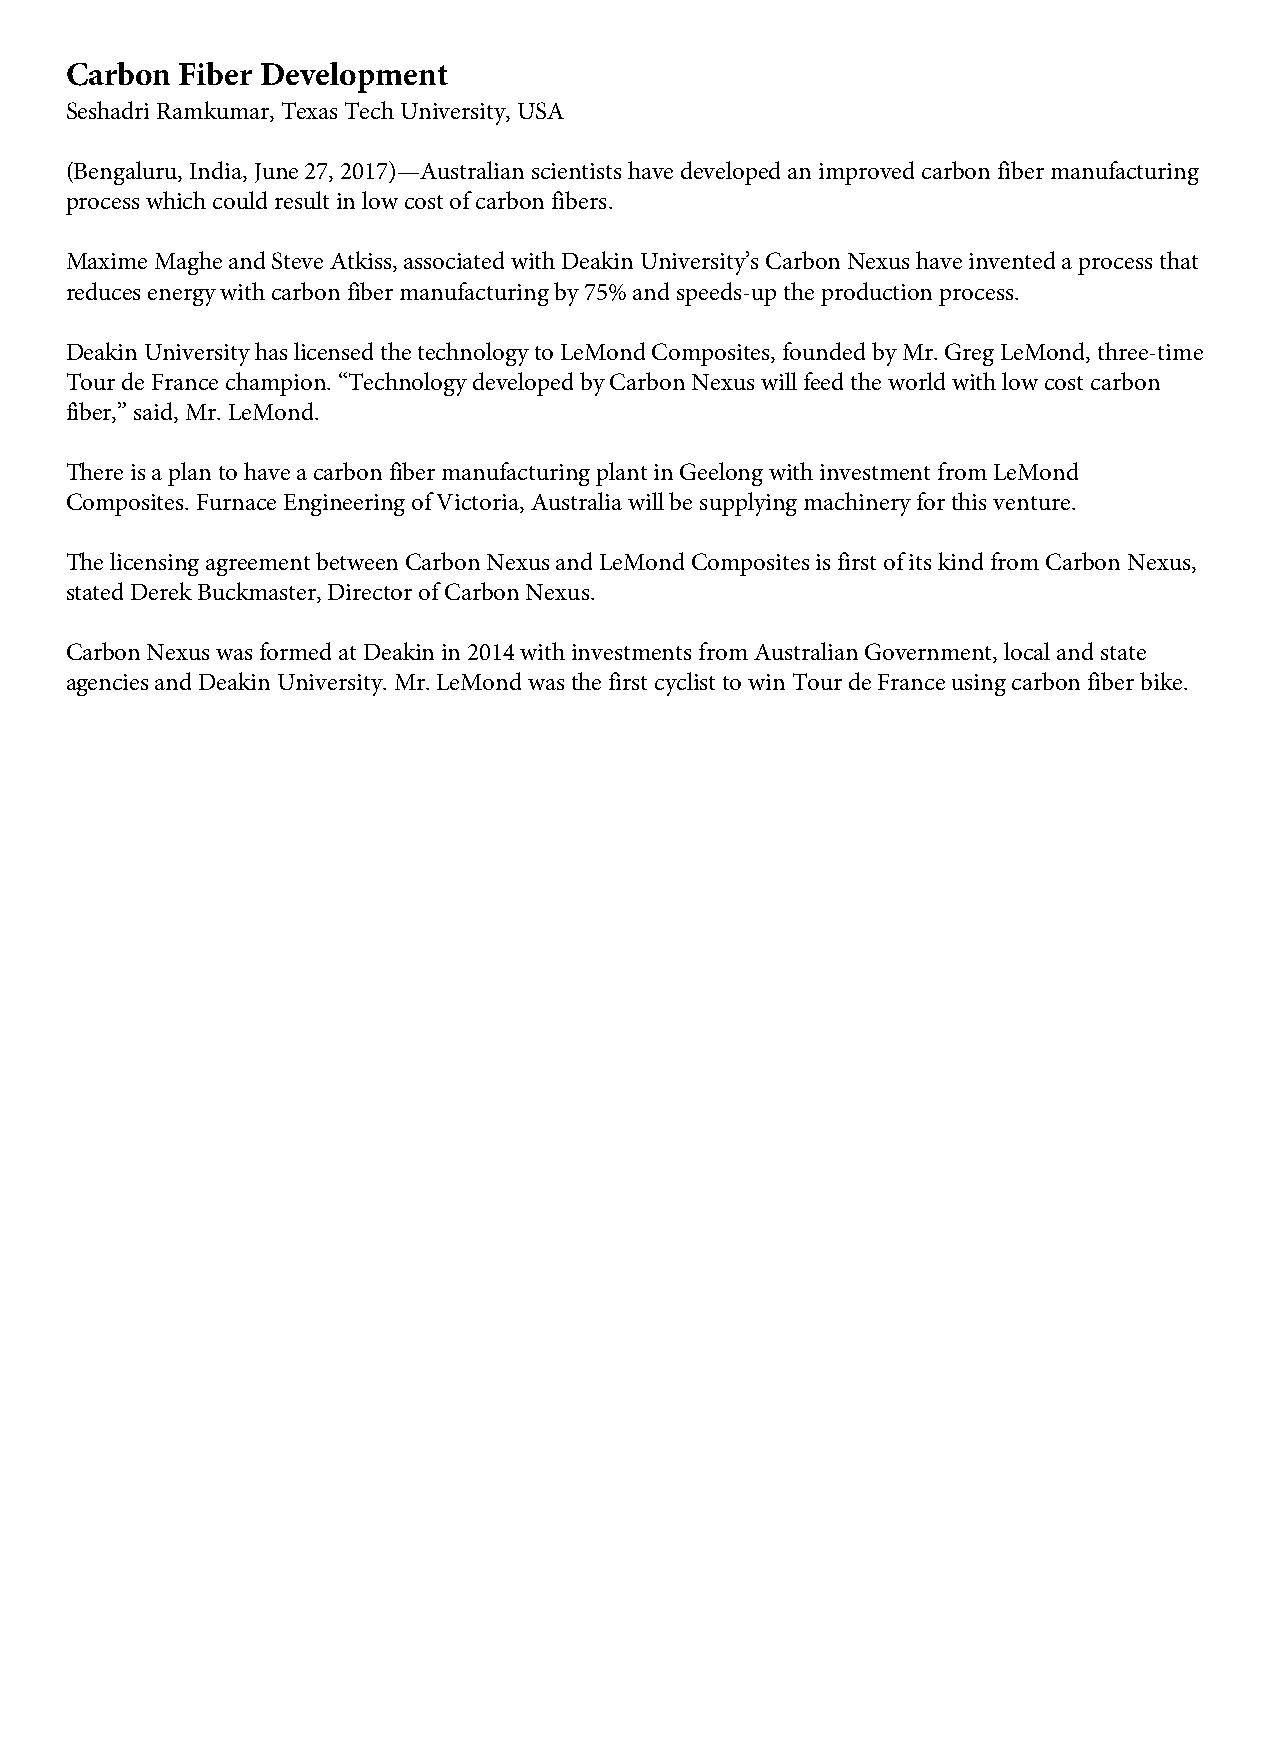
Carbon  Fiber Development
 Seshadri Ramkumar, Texas Tech University, USA
 (Bengaluru, India, June 27, 2017)—Australian scientists have developed an improved carbon fiber manufacturing
 process which could result in low cost of carbon fibers.
 Maxime Maghe and Steve Atkiss, associated with Deakin University’s Carbon Nexus have invented a process that
 reduces energy with carbon fiber manufacturing by 75% and speeds-up the production process.
 Deakin University has licensed the technology to LeMond Composites, founded by Mr. Greg LeMond, three-time
 Tour de France champion. “Technology developed by Carbon Nexus will feed the world with low cost carbon
 fiber,” said, Mr. LeMond.
 There is a plan to have a carbon fiber manufacturing plant in Geelong with investment from LeMond
 Composites. Furnace Engineering of Victoria, Australia will be supplying machinery for this venture.
 The licensing agreement between Carbon Nexus and LeMond Composites is first of its kind from Carbon Nexus,
 stated Derek Buckmaster, Director of Carbon Nexus.
 Carbon Nexus was formed at Deakin in 2014 with investments from Australian Government, local and state
 agencies and Deakin University. Mr. LeMond was the first cyclist to win Tour de France using carbon fiber bike.